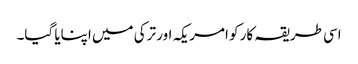
اسی طریقہ کار کو امریکہ اور ترکی میں اپنایا گیا۔